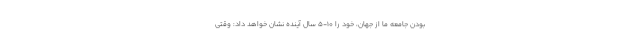
بودن جامعه ما از جهان، خود را 10-5 سال آینده نشان خواهد داد: وقتی